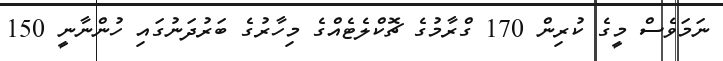
ނަމަވެސް މީގެ ކުރިން 170 ގްރާމުގެ ޗޮކްލެޓެއްގެ މިހާރުގެ ބަރުދަނުގައި ހުންނާނީ 150